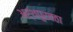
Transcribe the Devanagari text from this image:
अर्थपुरवठा